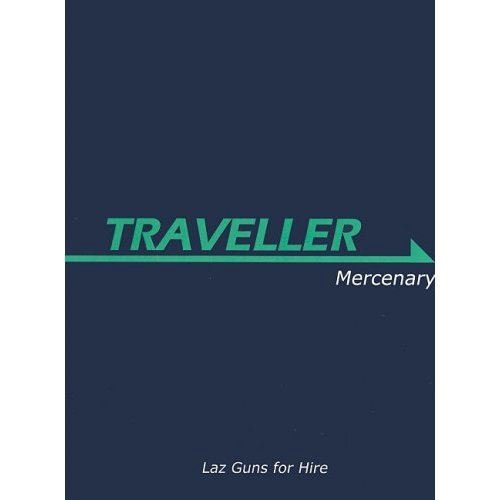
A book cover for Traveller: Mercenary (Traveller Sci-Fi Roleplaying); Gareth Hanrahan; Science Fiction & Fantasy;